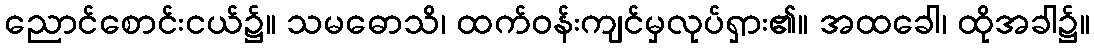
ညောင်စောင်းငယ်၌။ သမဓောသိ၊ ထက်ဝန်းကျင်မှလုပ်ရှား၏။ အထခေါ၊ ထိုအခါ၌။